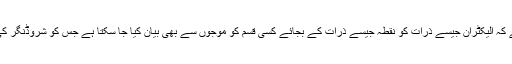
کوانٹم کا نظریئے اس خیال پر مبنی ہے کہ الیکٹران جیسے ذرّات کو نقطہ جیسے ذرّات کے بجائے کسی قسم کو موجوں سے بھی بیان کیا جا سکتا ہے جس کو شروڈنگر کی "موجوں کی مساوات "بھی کہتے ہیں۔